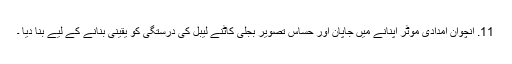
11. انچوان امدادی موٹر اپنانے میں جاپان اور حساس تصویر بجلی کاٹنے لیبل کی درستگی کو یقینی بنانے کے لیے بنا دیا ۔